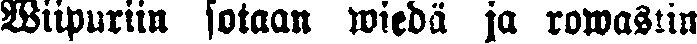
Wiipuriin sotaan wiedä ja rowastin